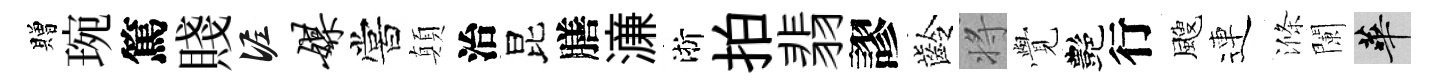
贈琬篤賤泥媒嘗顛治昆膳濓淅拍翡謬齡将𮗜艷行颼連滌闌華